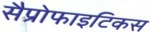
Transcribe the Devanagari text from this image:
सैप्रोफाइटिकस